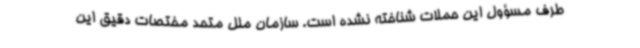
طرف مسؤول این حملات شناخته نشده است. سازمان ملل متحد مختصات دقیق این